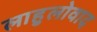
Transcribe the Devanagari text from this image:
लाहुलोवाद